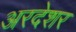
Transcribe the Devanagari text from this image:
अरदेशर